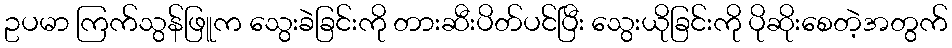
ဥပမာ ကြက်သွန်ဖြူက သွေးခဲခြင်းကို တားဆီးပိတ်ပင်ပြီး သွေးယိုခြင်းကို ပိုဆိုးစေတဲ့အတွက်